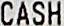
CASH